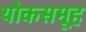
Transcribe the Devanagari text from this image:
योकसमूह